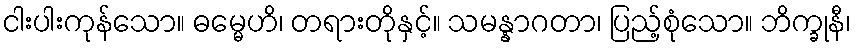
ငါးပါးကုန်သော။ ဓမ္မေဟိ၊ တရားတိုနှင့်။ သမန္နာဂတာ၊ ပြည့်စုံသော။ ဘိက္ခုနီ၊